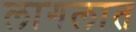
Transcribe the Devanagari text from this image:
लागलात